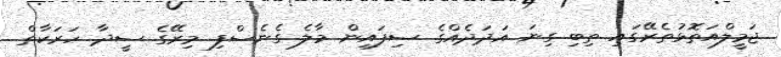
ޖަމީލްއަތޮޅުތެރޭގައި ތިބި ގިނަ އަދަދެއްގެ ސިފައިން މާލެ ގެނެސްފި މިރޭގެ ސީދާ ހަރަކާތް